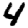
Digit: 4